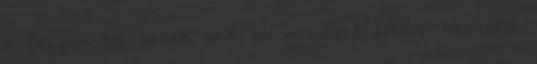
a Puffin ad neked erőt és mindent lebíró akaratot